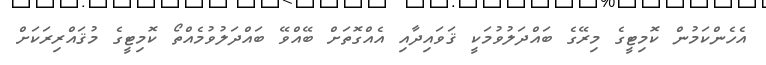
އެހެންކަމުން ކޮމިޓީގެ މިރޭގެ ބައްދަލުވުމަކީ ޤަވައިދާއި އެއްގޮތަށް ބޭއްވޭ ބައްދަލުވުމެއްތޯ ކޮމިޓީގެ މުޤައްރިރަކަށް